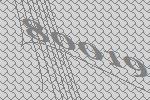
80019